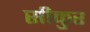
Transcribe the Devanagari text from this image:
सीकुर